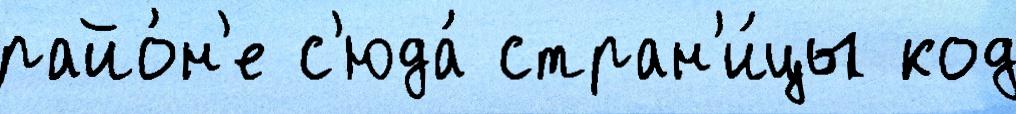
райо́н'е с'юда́ стран'и́цы код